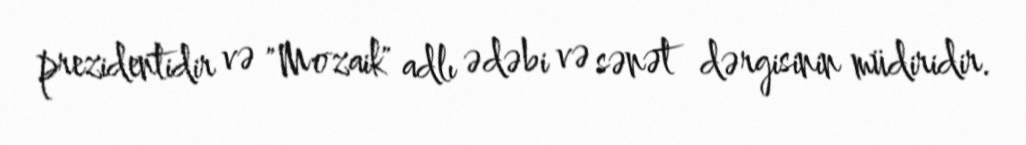
prezidentidir və "Mozaik" adlı ədəbi və sənət dərgisinin müdiridir.